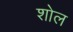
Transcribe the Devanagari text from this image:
शोल